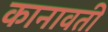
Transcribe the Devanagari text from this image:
कानावती